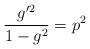
LaTeX: \begin{align*}\frac{g^{\prime2}}{1-g^2}=p^2\end{align*}